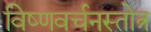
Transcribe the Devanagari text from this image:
विष्णवर्चनस्तोत्र